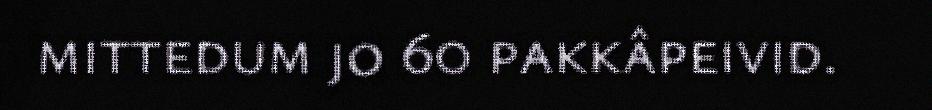
mittedum jo 60 pakkâpeivid.